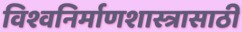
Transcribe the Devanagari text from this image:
विश्वनिर्माणशास्त्रासाठी